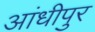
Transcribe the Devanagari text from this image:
आंधीपुर